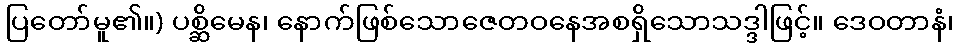
ပြတော်မူ၏။) ပစ္ဆိမေန၊ နောက်ဖြစ်သောဇေတဝနေအစရှိသောသဒ္ဒါဖြင့်။ ဒေဝတာနံ၊